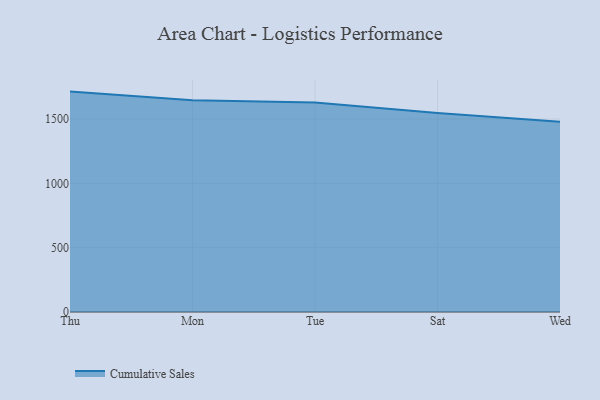
{"axis": {"x": "Day", "y": "Budget (USD K)"}, "legend": ["Cumulative Sales"], "data": [{"x": "Thu", "y": 1713.2, "type": "Cumulative Sales"}, {"x": "Mon", "y": 1646.7, "type": "Cumulative Sales"}, {"x": "Tue", "y": 1628.0, "type": "Cumulative Sales"}, {"x": "Sat", "y": 1546.7, "type": "Cumulative Sales"}, {"x": "Wed", "y": 1479.1, "type": "Cumulative Sales"}]}